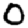
Digit: 0